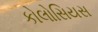
કોલોસિયસ